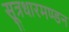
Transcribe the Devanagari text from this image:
सूत्रधारमण्डन